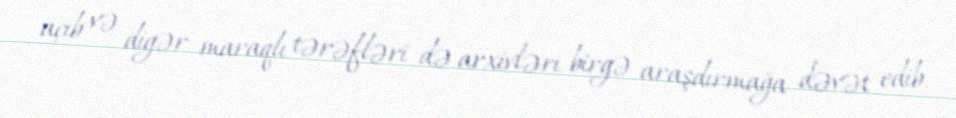
açıb və digər maraqlı tərəfləri də arxivləri birgə araşdırmağa dəvət edib.